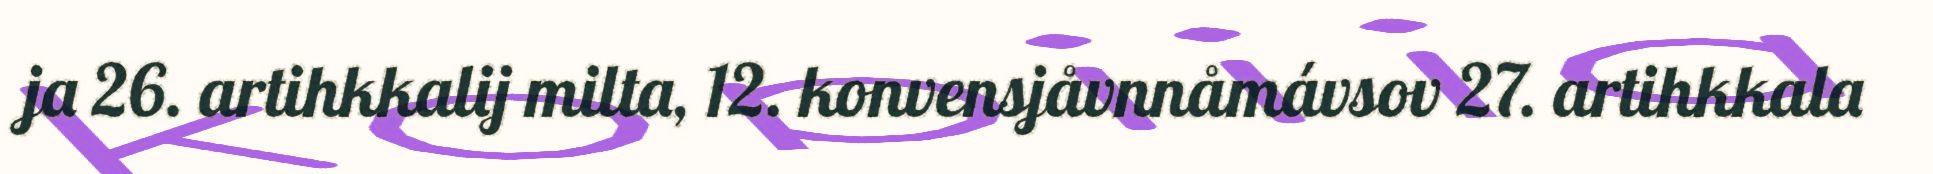
ja 26. artihkkalij milta, 12. konvensjåvnnåmávsov 27. artihkkala